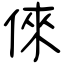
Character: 倈